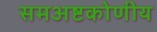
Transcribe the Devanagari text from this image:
समअष्टकोणीय